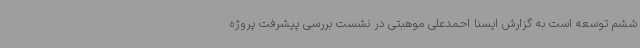
ششم توسعه است به گزارش ایسنا احمدعلی موهبتی در نشست بررسی پیشرفت پروژه